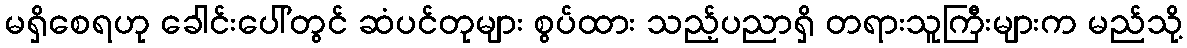
မရှိစေရဟု ခေါင်းပေါ်တွင် ဆံပင်တုများ စွပ်ထား သည့်ပညာရှိ တရားသူကြီးများက မည်သို့